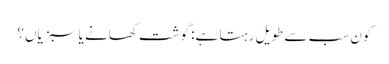
کون سب سے طویل رہتا ہے: گوشت کھانے یا سبزیاں؟